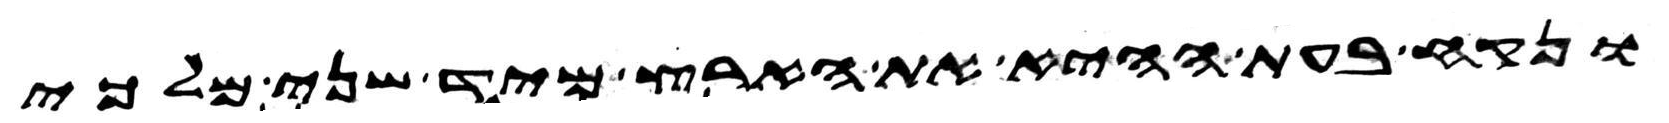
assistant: ונקח בעת ההיא את הארץ מיד שני מלכי